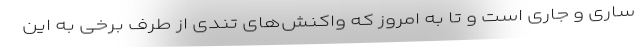
ساری و جاری است و تا به امروز که واکنش‌های تندی از طرف برخی به این